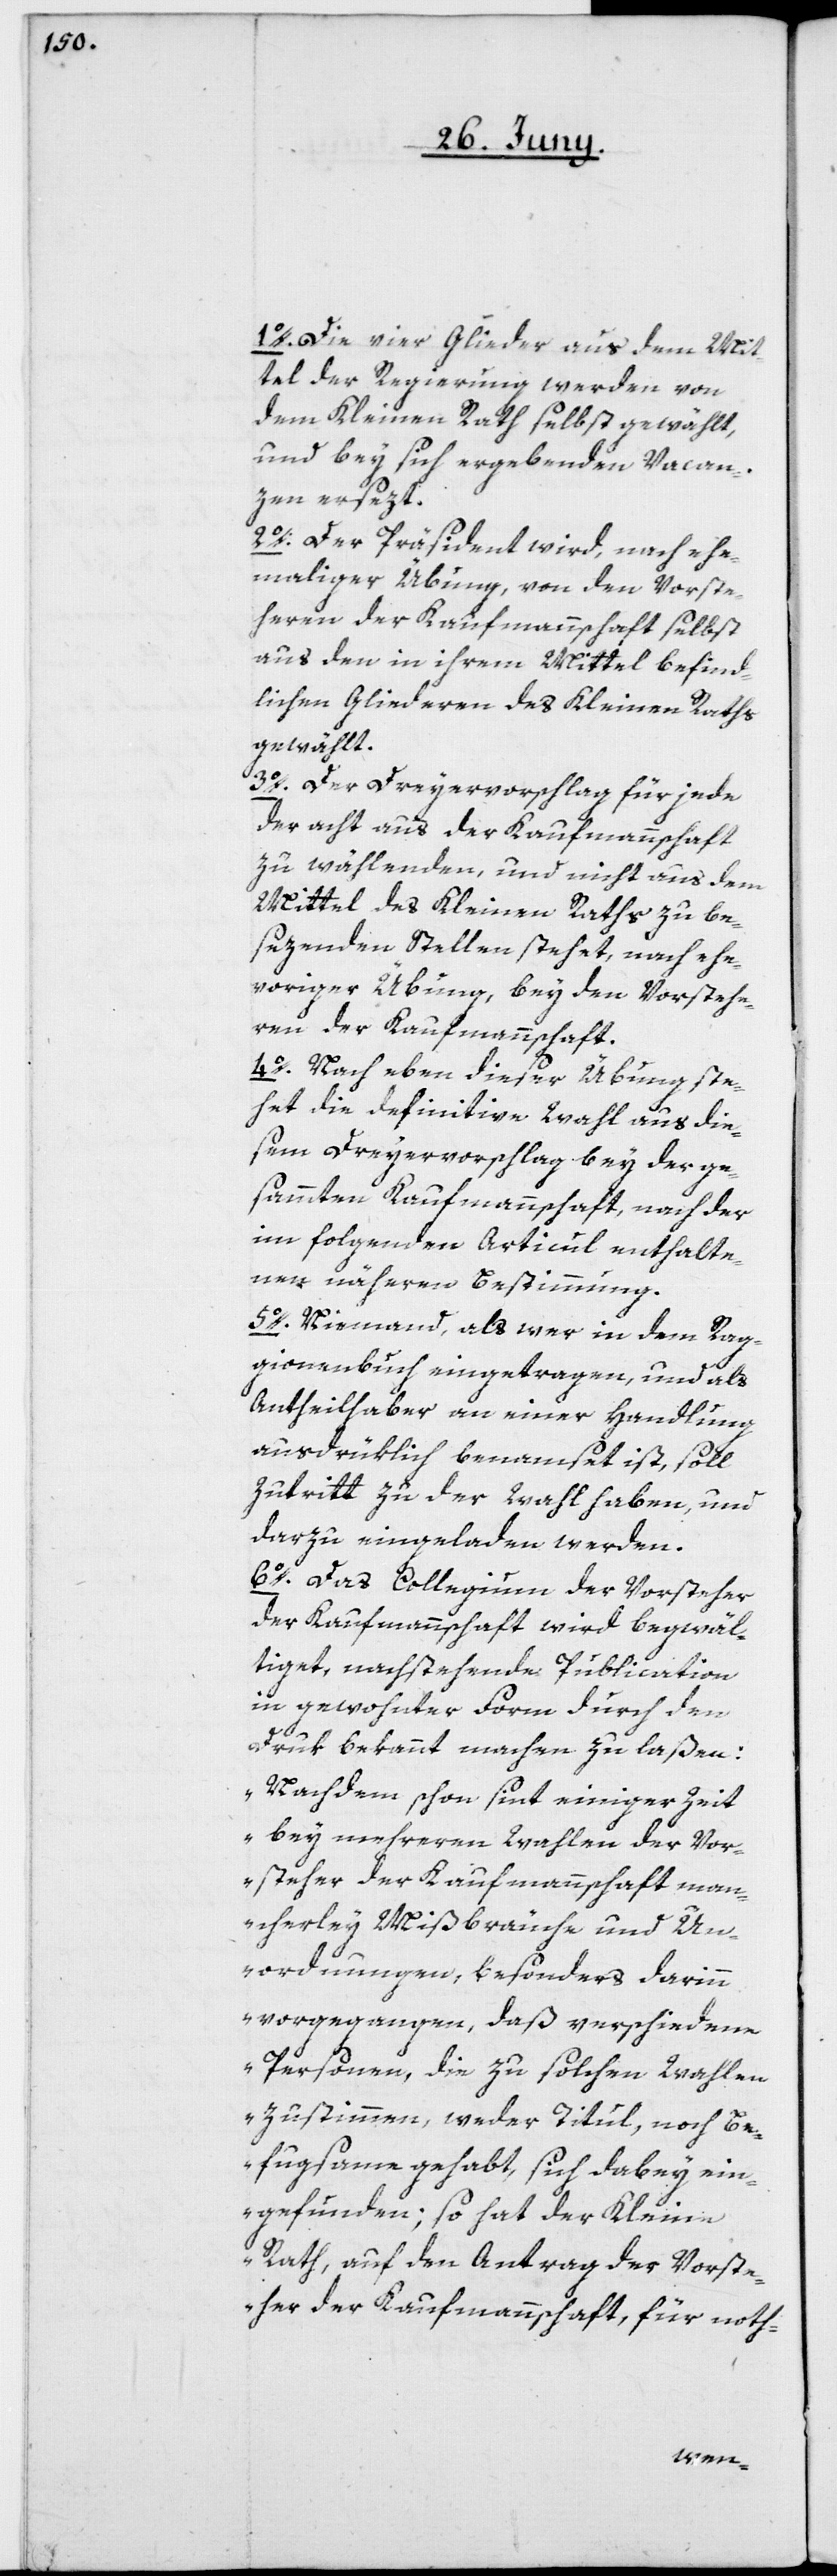
1o. Die vier Glieder aus dem Mit¬
tel der Regierung werden von
dem Kleinen Rath selbst gewählt,
und bey sich ergebenden Vacan¬
zen ersezt.
2o. Der Präsident wird, nach ehe¬
maliger Übung, von den Vorste¬
heren der Kaufmannschaft selbst
aus den in ihrem Mittel befind¬
lichen Gliederen des Kleinen Raths
gewählt.
3o. Der Dreyervorschlag für jede
der acht aus der Kaufmannschaft
zu wählenden, und nicht aus dem
Mittel des Kleinen Raths zu be¬
sezenden Stellen stehet, nach ehe¬
voriger Übung, bey den Vorstehe¬
ren der Kaufmannschaft.
4o. Nach eben dieser Übung ste¬
het die definitive Wahl aus die¬
sem Dreyervorschlag bey der ge¬
sammten Kaufmannschaft, nach der
im folgenden Articul enthalte¬
nen näheren Bestimmung.
5o. Niemand, als wer in dem Rag¬
gionenbuch eingetragen, und als
Antheilhaber an einer Handlung
ausdrüklich benamset ist, soll
Zutritt zu der Wahl haben, und
darzu eingeladen werden.
6o. Das Collegium der Vorsteher
der Kaufmannschaft wird begwäl¬
tiget, nachstehende Publication
in gewohnter Form durch den
Druk bekannt machen zu laßen:
„Nachdem schon sint einiger Zeit
bey mehreren Wahlen der Vor¬
steher der Kaufmannschaft man¬
cherley Mißbräuche und Un¬
ordnungen, besonders darinn
vorgegangen, daß verschiedene
Personen, die zu solchen Wahlen
zustimmen, weder Titul, noch Be¬
fugsame gehabt, sich dabey ein¬
gefunden; so hat der Kleine
Rath, auf den Antrag der Vorste¬
her der Kaufmannschaft, für not-